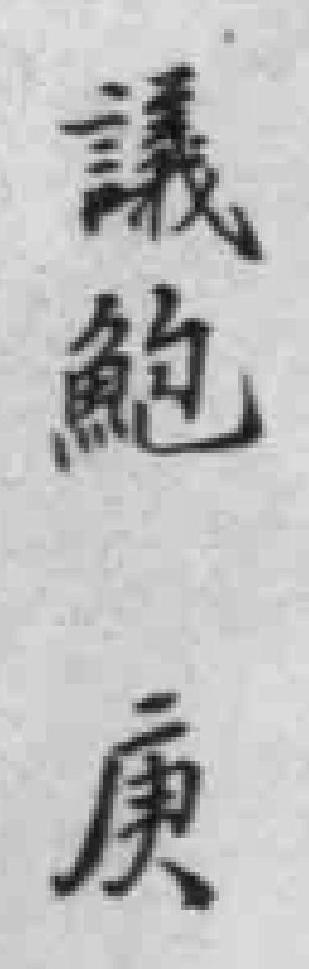
議鮑庚